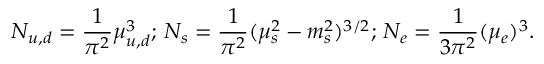
N _ { u , d } = \frac { 1 } { \pi ^ { 2 } } \mu _ { u , d } ^ { 3 } ; \, N _ { s } = \frac { 1 } { \pi ^ { 2 } } ( \mu _ { s } ^ { 2 } - m _ { s } ^ { 2 } ) ^ { 3 / 2 } ; \, N _ { e } = \frac { 1 } { 3 \pi ^ { 2 } } ( \mu _ { e } ) ^ { 3 } .